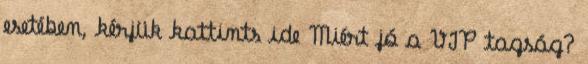
esetében, kérjük kattints ide Miért jó a VIP tagság?